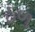
ઠળ